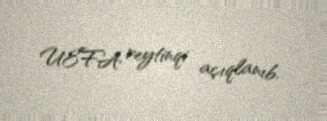
UEFA reytinqi açıqlanıb.